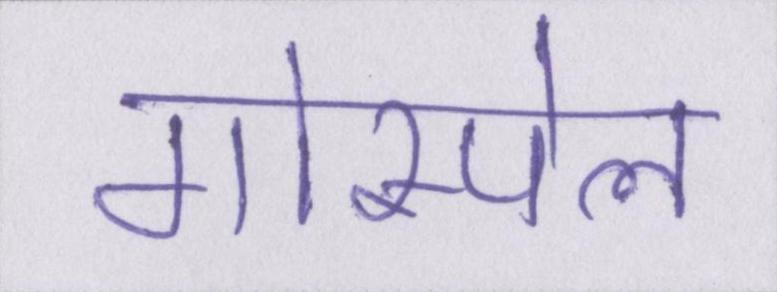
गोस्पेल